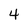
Character: 4